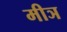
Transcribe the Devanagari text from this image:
मीञ